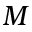
M